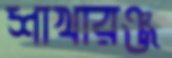
শাখারঞ্জ